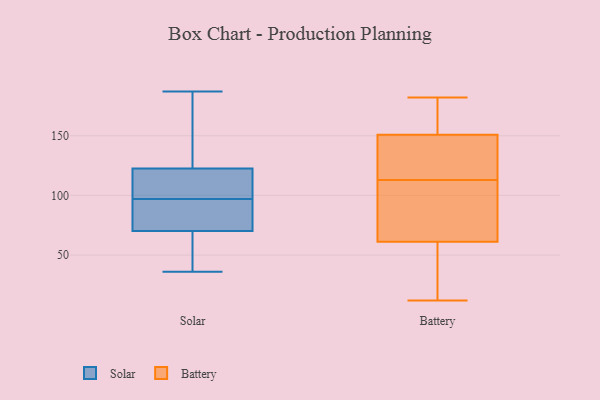
{"axis": {"x": "Headcount", "y": "Value"}, "legend": ["Battery", "Solar"], "data": [{"x": "", "y": 123, "type": "Solar"}, {"x": "", "y": 117, "type": "Solar"}, {"x": "", "y": 36, "type": "Solar"}, {"x": "", "y": 82, "type": "Solar"}, {"x": "", "y": 109, "type": "Solar"}, {"x": "", "y": 68, "type": "Solar"}, {"x": "", "y": 121, "type": "Solar"}, {"x": "", "y": 176, "type": "Solar"}, {"x": "", "y": 168, "type": "Solar"}, {"x": "", "y": 187, "type": "Solar"}, {"x": "", "y": 81, "type": "Solar"}, {"x": "", "y": 47, "type": "Solar"}, {"x": "", "y": 36, "type": "Solar"}, {"x": "", "y": 77, "type": "Solar"}, {"x": "", "y": 86, "type": "Solar"}, {"x": "", "y": 118, "type": "Solar"}, {"x": "", "y": 59, "type": "Solar"}, {"x": "", "y": 179, "type": "Solar"}, {"x": "", "y": 97, "type": "Solar"}, {"x": "", "y": 81, "type": "Battery"}, {"x": "", "y": 93, "type": "Battery"}, {"x": "", "y": 98, "type": "Battery"}, {"x": "", "y": 150, "type": "Battery"}, {"x": "", "y": 167, "type": "Battery"}, {"x": "", "y": 27, "type": "Battery"}, {"x": "", "y": 182, "type": "Battery"}, {"x": "", "y": 71, "type": "Battery"}, {"x": "", "y": 162, "type": "Battery"}, {"x": "", "y": 50, "type": "Battery"}, {"x": "", "y": 113, "type": "Battery"}, {"x": "", "y": 135, "type": "Battery"}, {"x": "", "y": 151, "type": "Battery"}, {"x": "", "y": 58, "type": "Battery"}, {"x": "", "y": 125, "type": "Battery"}, {"x": "", "y": 154, "type": "Battery"}, {"x": "", "y": 12, "type": "Battery"}, {"x": "", "y": 15, "type": "Battery"}, {"x": "", "y": 125, "type": "Battery"}]}